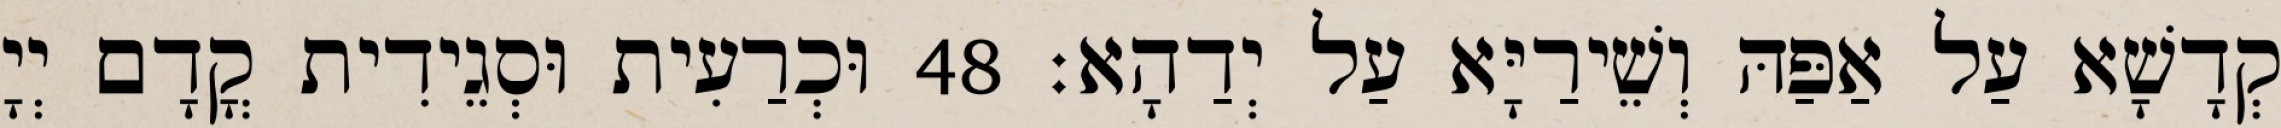
קְדָשָׁא עַל אַפַּהּ וְשֵׁירַיָּא עַל יְדַהָא׃ 48 וּכְרַעִית וּסְגֵידִית קֳדָם יְיָ